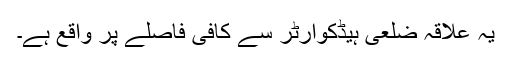
یہ علاقہ ضلعی ہیڈکوارٹر سے کافی فاصلے پر واقع ہے۔